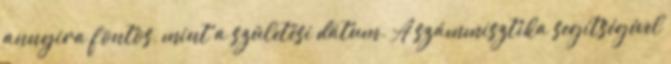
annyira fontos, mint a születési dátum. A számmisztika segítségével